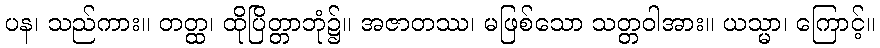
ပန၊ သည်ကား။ တတ္ထ၊ ထိုပြိတ္တာဘုံ၌။ အဇာတဿ၊ မဖြစ်သော သတ္တဝါအား။ ယသ္မာ၊ ကြောင့်။